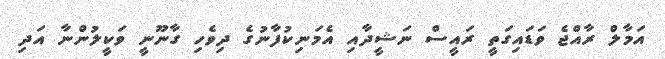
އަމާލް ރާއްޖެ ވަޑައިގަތީ ރައީސް ނަޝީދާއި އެމަނިކުފާނުގެ ދިވެހި ގާނޫނީ ވަކީލުންނާ އަދި